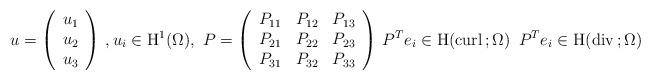
LaTeX: \begin{align*}u=\left(\begin{array}{c}u_1 \\u_2 \\u_3 \\\end{array}\right)\, , u_i\in {\rm H}^{1}(\Omega),\ P=\left(\begin{array}{ccc}P_{11} &P_{12}&P_{13}\\P_{21} &P_{22}&P_{23}\\P_{31} &P_{32}&P_{33}\end{array}\right)\, P^Te_i\in {\rm H}({\rm curl}\,; \Omega)\, \ P^Te_i\in {\rm H}({\rm div}\,; \Omega)\end{align*}